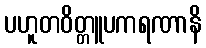
ပဟူတဝိတ္တူပကရဏာနိ